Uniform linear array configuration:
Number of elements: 64
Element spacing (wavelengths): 1
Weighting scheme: blackman
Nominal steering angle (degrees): -45
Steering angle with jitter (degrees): -46.682
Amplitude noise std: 0.05
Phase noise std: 0.05

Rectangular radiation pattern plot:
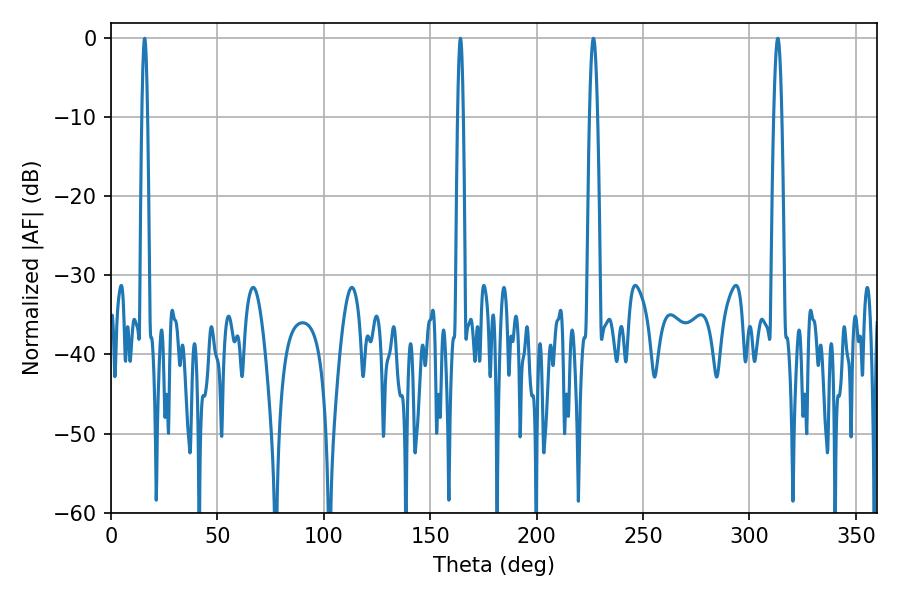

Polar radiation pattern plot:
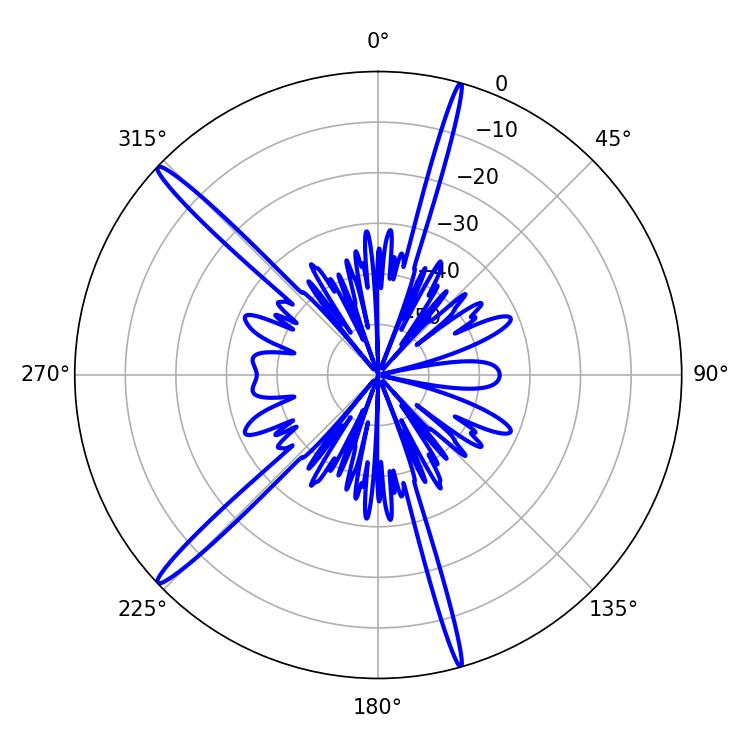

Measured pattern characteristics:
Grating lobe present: TRUE
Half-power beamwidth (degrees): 1.44
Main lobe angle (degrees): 164.16